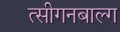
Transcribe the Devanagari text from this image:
त्सीगनबाल्ग